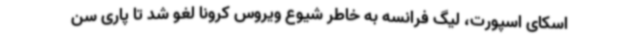
اسکای اسپورت، لیگ فرانسه به خاطر شیوع ویروس کرونا لغو شد تا پاری سن